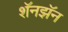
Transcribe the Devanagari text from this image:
शॅनझॅन